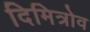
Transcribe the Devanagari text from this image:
दिमित्रोव